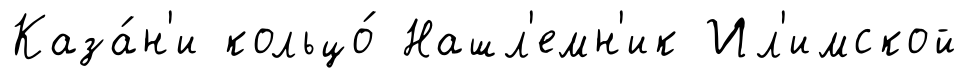
Каза́н'и кольцо́ Нашл'емн'ик Ил'имской